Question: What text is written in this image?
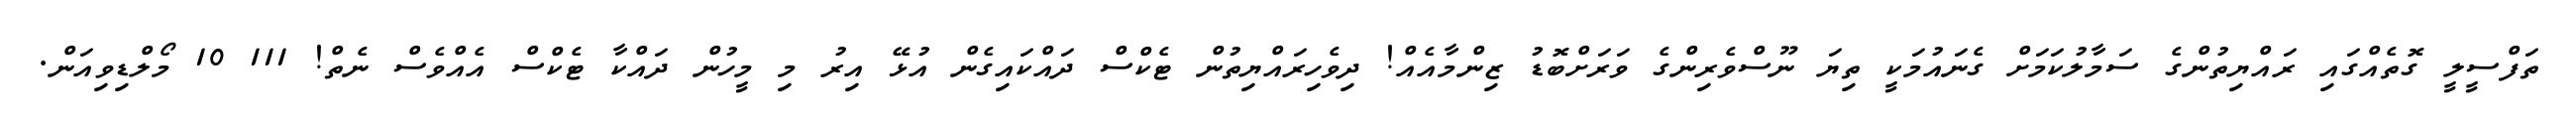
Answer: ތަފްސީލީ ގޮތެއްގައި ރައްޔިތުންގެ ސަމާލުކަމަށް ގެނައުމަކީ ތިޔަ ނޫސްވެރިންގެ ވަރަށްބޮޑު ޒިންމާއެއް! ދިވެހިރައްޔިތުން ޓެކްސް ދައްކައިގެން އުޅޭ އިރު މި މީހުން ދައްކާ ޓެކްސް އެއްވެސް ނެތް! 111 10 މޯލްޑިވިއަން.